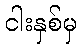
ငါးနှစ်မှ